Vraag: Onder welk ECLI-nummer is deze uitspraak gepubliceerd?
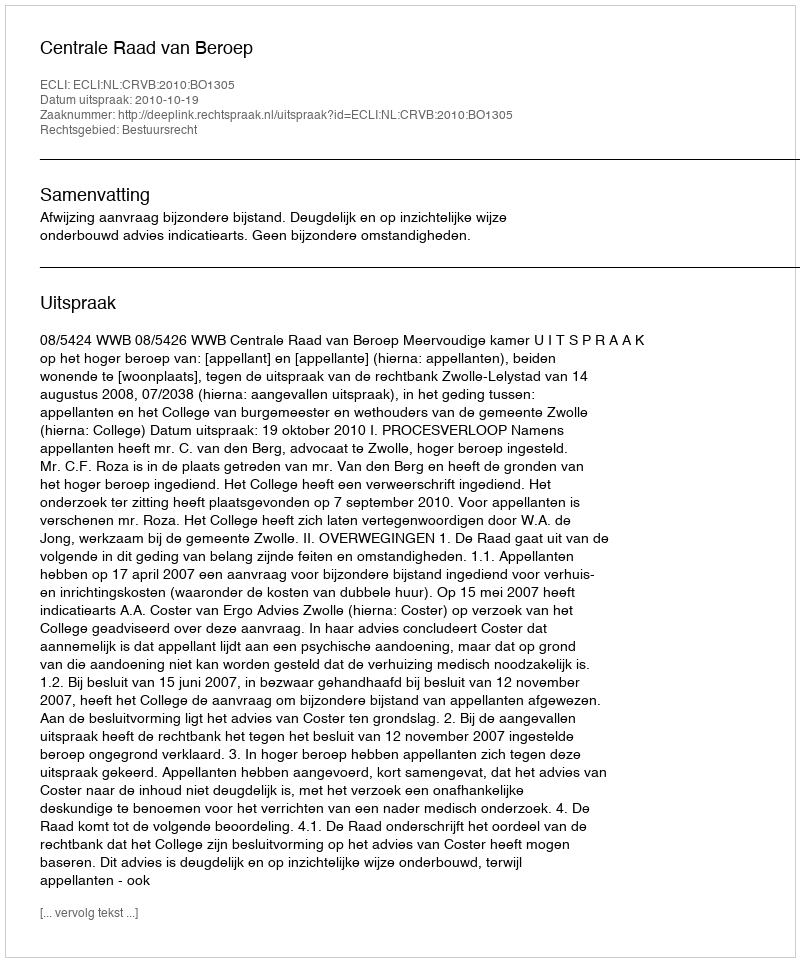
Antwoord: ECLI:NL:CRVB:2010:BO1305